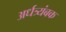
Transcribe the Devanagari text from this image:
अर्धत्र्यंबक